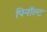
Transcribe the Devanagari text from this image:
पिनॉल्ट